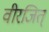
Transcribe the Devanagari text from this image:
वीरजित्